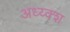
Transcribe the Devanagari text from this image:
अध्य्क्श